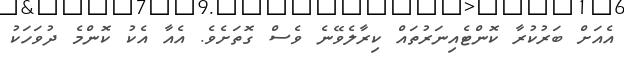
އެއަށް ބަރުކުރާ ކޮންޓެއިނަރުތައް ކިރާލެވޭނެ ވެސް ގޮތަށެވެ. އެއާ އެކު ކޮންމެ ދުވަހަކު